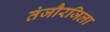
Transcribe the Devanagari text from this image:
तंजौरजिला